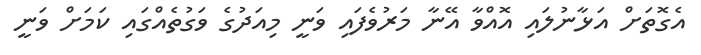
އެގޮތަށް އަޅާނުލައި އޮއްވާ އޭނާ މަރުވެފައި ވަނީ މިއަދުގެ ވަގުތެއްގައި ކަމަށް ވަނީ